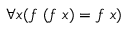
\forall x ( f \ ( f \ x ) = f \ x )